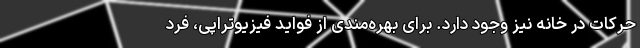
حرکات در خانه نیز وجود دارد. برای بهره‌مندی از فواید فیزیوتراپی، فرد